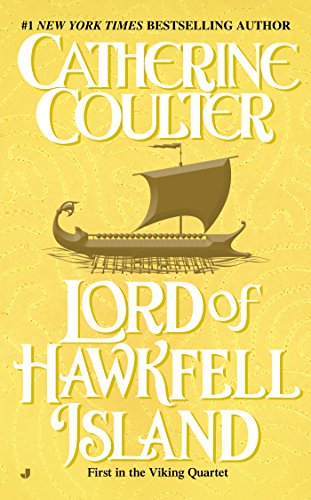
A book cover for Lord of Hawkfell Island (Viking Series); Catherine Coulter; Romance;